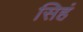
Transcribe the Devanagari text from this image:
सिहं